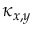
\kappa _ { x , y }